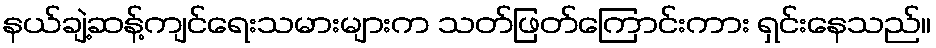
နယ်ချဲ့ဆန့်ကျင်ရေးသမားများက သတ်ဖြတ်ကြောင်းကား ရှင်းနေသည်။